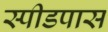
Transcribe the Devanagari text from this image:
स्पीडपास